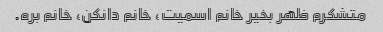
متشکرم ظهر بخیر خانم اسمیت، خانم دانکن، خانم بره.